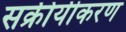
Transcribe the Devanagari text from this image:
सक्रीयीकरण